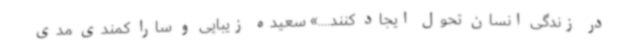
در زندگی انسان تحول ایجاد کنند....» سعیده زیبایی و سارا کمندی مدی